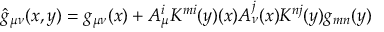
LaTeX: { \hat { g } } _ { \mu \nu } ( x , y ) = g _ { \mu \nu } ( x ) + A _ { \mu } ^ { i } K ^ { m i } ( y ) ( x ) A _ { \nu } ^ { j } ( x ) K ^ { n j } ( y ) g _ { m n } ( y )